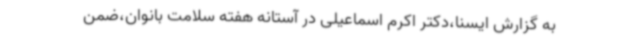
به گزارش ایسنا،دکتر اکرم اسماعیلی در آستانه هفته سلامت بانوان،ضمن